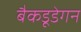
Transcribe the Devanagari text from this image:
बैकडूडेगन